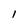
Character: 1